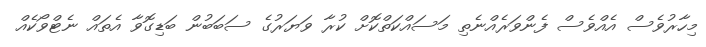
މިހާރުވެސް އެއްވެސް ފެންވަރެއްނެތި މަސައްކަތްކޮށް ކުރާ ވަޔަރުގެ ސަބަބުން ބަޑިގޮވާ އެތައް ނެޓްވޯކެއް